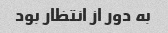
به دور از انتظار بود